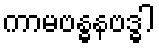
ကာမဗန္ဓနဗဒ္ဓါ